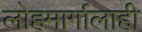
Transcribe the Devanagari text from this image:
लोहमार्गालाही